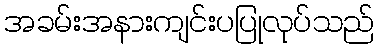
အခမ်းအနားကျင်းပပြုလုပ်သည်